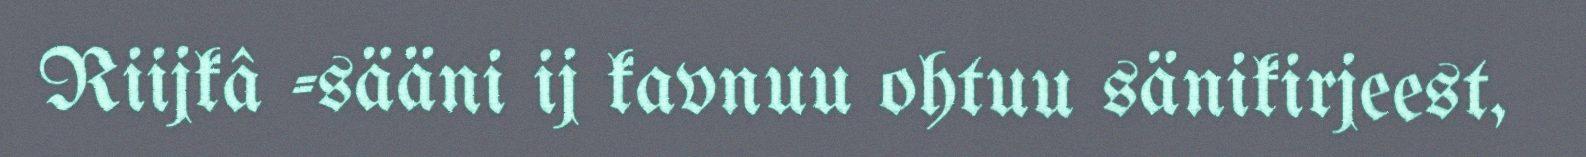
Riijkâ -sääni ij kavnuu ohtuu sänikirjeest,